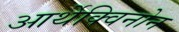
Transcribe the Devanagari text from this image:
आर्थेक्विनोन